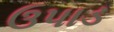
ઉપાડ